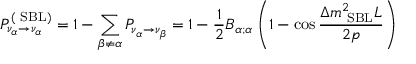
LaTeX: P _ { \nu _ { \alpha } \rightarrow \nu _ { \alpha } } ^ { ( \mathrm { \scriptsize ~ S B L } ) } = 1 - \sum _ { \beta \neq \alpha } P _ { \nu _ { \alpha } \rightarrow \nu _ { \beta } } = 1 - \frac { 1 } { 2 } B _ { \alpha ; \alpha } \left( 1 - \cos \frac { \Delta { m } _ { \mathrm { \scriptsize ~ S B L } } ^ { 2 } L } { 2 p } \right)